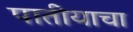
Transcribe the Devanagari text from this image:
पातीयाचा